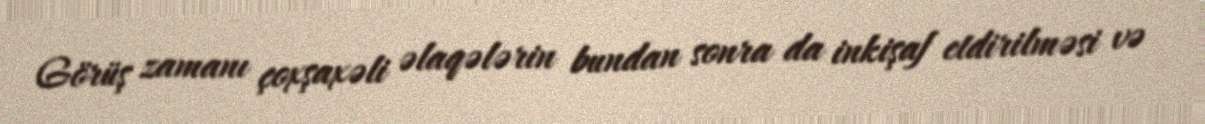
Görüş zamanı çoxşaxəli əlaqələrin bundan sonra da inkişaf etdirilməsi və